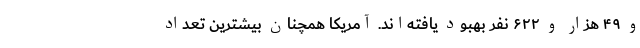
و ۴۹ هزار و ۶۲۲ نفر بهبود یافته‌اند. آمریکا همچنان بیشترین تعداد